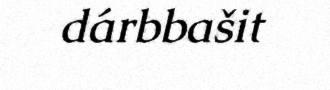
dárbbašit